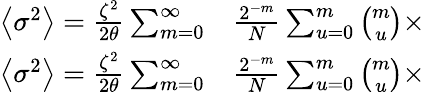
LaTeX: \begin{array}{rl}{\left\langle\sigma^{2}\right\rangle=\frac{\zeta^{2}}{2\theta}\sum_{m=0}^{\infty}}&{{}\frac{2^{-m}}{N}\sum_{u=0}^{m}\binom{m}{u}\times}\\ {\left\langle\sigma^{2}\right\rangle=\frac{\zeta^{2}}{2\theta}\sum_{m=0}^{\infty}}&{{}\frac{2^{-m}}{N}\sum_{u=0}^{m}\binom{m}{u}\times}\end{array}